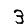
Digit: 3